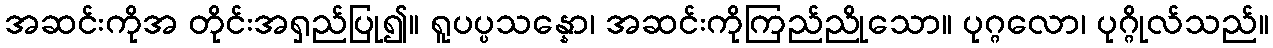
အဆင်းကိုအ တိုင်းအရှည်ပြု၍။ ရူပပ္ပသန္နော၊ အဆင်းကိုကြည်ညိုသော။ ပုဂ္ဂလော၊ ပုဂ္ဂိုလ်သည်။